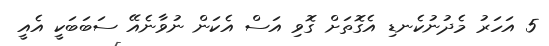
5 އަހަރު މެދުނުކެނޑި އެގޮތަށް ގޮވި އަސް އެކަން ނުވާނެއޭ ސަބަބަކީ އެއީ